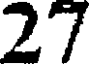
27